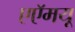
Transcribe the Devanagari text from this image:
एएॅमयू